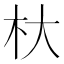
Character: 杕